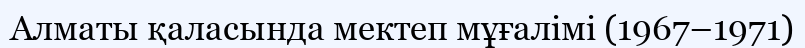
Алматы қаласында мектеп мұғалімі (1967–1971)